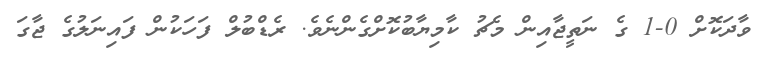
ވާދަކޮށް 0-1 ގެ ނަތީޖާއިން މެޗު ކާމިޔާބުކޮށްގެންނެވެ. ރެޑްބުލް ފަހަކުން ފައިނަލުގެ ޖާގަ